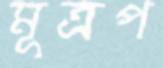
মূত্রপ